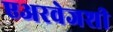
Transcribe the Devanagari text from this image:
एअरवेजशी